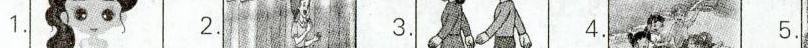
1. 2. 3. 4. 5.